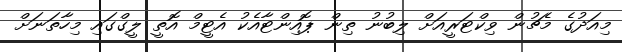
މިއަދުގެ މެޗުން ވިކްޓަރީއަށް ލިބުނު ތިން ޕޮއިންޓާއެކު އެޓީމް އޮތީ ލީގްގައި މިހާތަނަށް